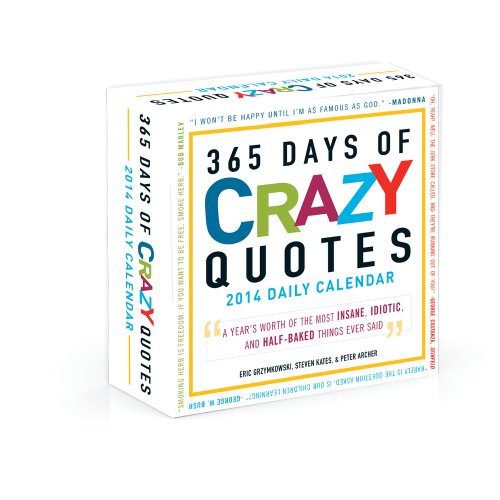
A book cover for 365 Days of Crazy Quotes 2014 Daily Calendar: A Year's Worth of the Most Insane, Idiotic, and Half-Baked Things Ever Said; Eric Grzymkowski; Calendars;